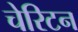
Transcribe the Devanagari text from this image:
चेरिटन